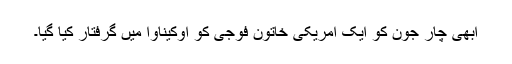
ابھی چار جون کو ایک امریکی خاتون فوجی کو اوکیناوا میں گرفتار کیا گیا۔